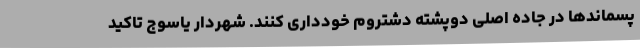
پسماندها در جاده اصلی دوپشته دشتروم خودداری کنند. شهردار یاسوج تاکید